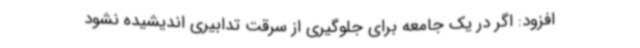
افزود: اگر در یک جامعه برای جلوگیری از سرقت تدابیری اندیشیده نشود